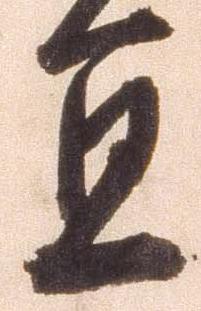
宜